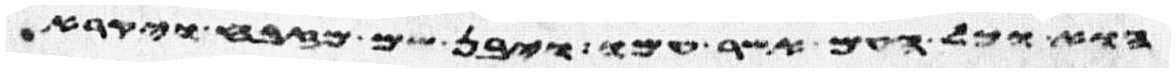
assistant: הוא וכל העם אשר עמו ויבן שם מזבח ויקרא